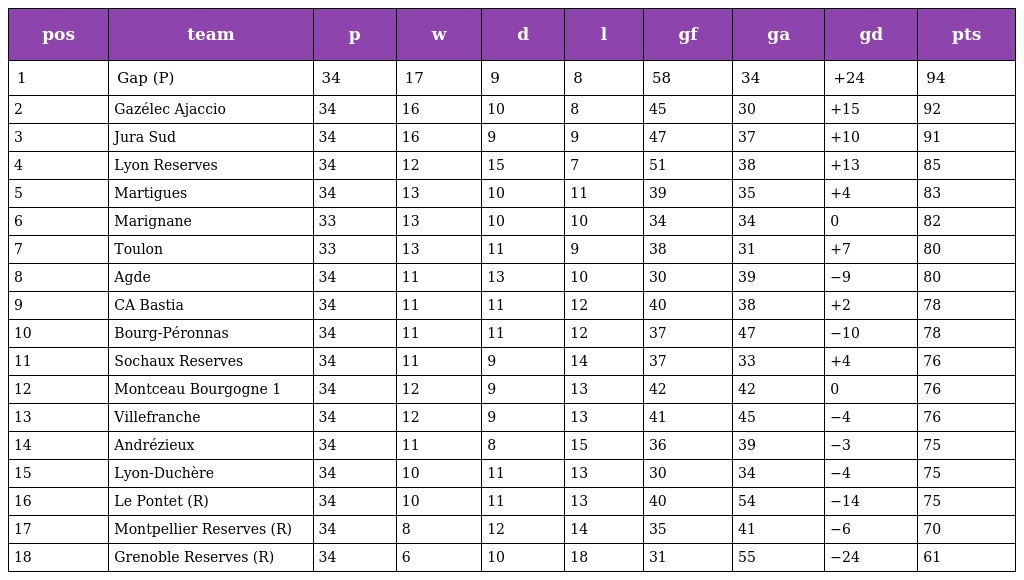
| pos | team | p | w | d | l | gf | ga | gd | pts |
 | --- | --- | --- | --- | --- | --- | --- | --- | --- | --- |
 | 1 | Gap (P) | 34 | 17 | 9 | 8 | 58 | 34 | +24 | 94 |
 | 2 | Gazélec Ajaccio | 34 | 16 | 10 | 8 | 45 | 30 | +15 | 92 |
 | 3 | Jura Sud | 34 | 16 | 9 | 9 | 47 | 37 | +10 | 91 |
 | 4 | Lyon Reserves | 34 | 12 | 15 | 7 | 51 | 38 | +13 | 85 |
 | 5 | Martigues | 34 | 13 | 10 | 11 | 39 | 35 | +4 | 83 |
 | 6 | Marignane | 33 | 13 | 10 | 10 | 34 | 34 | 0 | 82 |
 | 7 | Toulon | 33 | 13 | 11 | 9 | 38 | 31 | +7 | 80 |
 | 8 | Agde | 34 | 11 | 13 | 10 | 30 | 39 | −9 | 80 |
 | 9 | CA Bastia | 34 | 11 | 11 | 12 | 40 | 38 | +2 | 78 |
 | 10 | Bourg-Péronnas | 34 | 11 | 11 | 12 | 37 | 47 | −10 | 78 |
 | 11 | Sochaux Reserves | 34 | 11 | 9 | 14 | 37 | 33 | +4 | 76 |
 | 12 | Montceau Bourgogne 1 | 34 | 12 | 9 | 13 | 42 | 42 | 0 | 76 |
 | 13 | Villefranche | 34 | 12 | 9 | 13 | 41 | 45 | −4 | 76 |
 | 14 | Andrézieux | 34 | 11 | 8 | 15 | 36 | 39 | −3 | 75 |
 | 15 | Lyon-Duchère | 34 | 10 | 11 | 13 | 30 | 34 | −4 | 75 |
 | 16 | Le Pontet (R) | 34 | 10 | 11 | 13 | 40 | 54 | −14 | 75 |
 | 17 | Montpellier Reserves (R) | 34 | 8 | 12 | 14 | 35 | 41 | −6 | 70 |
 | 18 | Grenoble Reserves (R) | 34 | 6 | 10 | 18 | 31 | 55 | −24 | 61 |